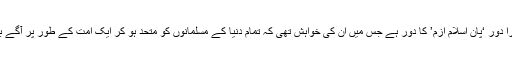
اقبال کا دوسرا دور ‘پان اسلام ازم’ کا دور ہے جس میں ان کی خواہش تھی کہ تمام دنیا کے مسلمانوں کو متحد ہو کر ایک امت کے طور پر آگے بڑھنا چاہیے۔